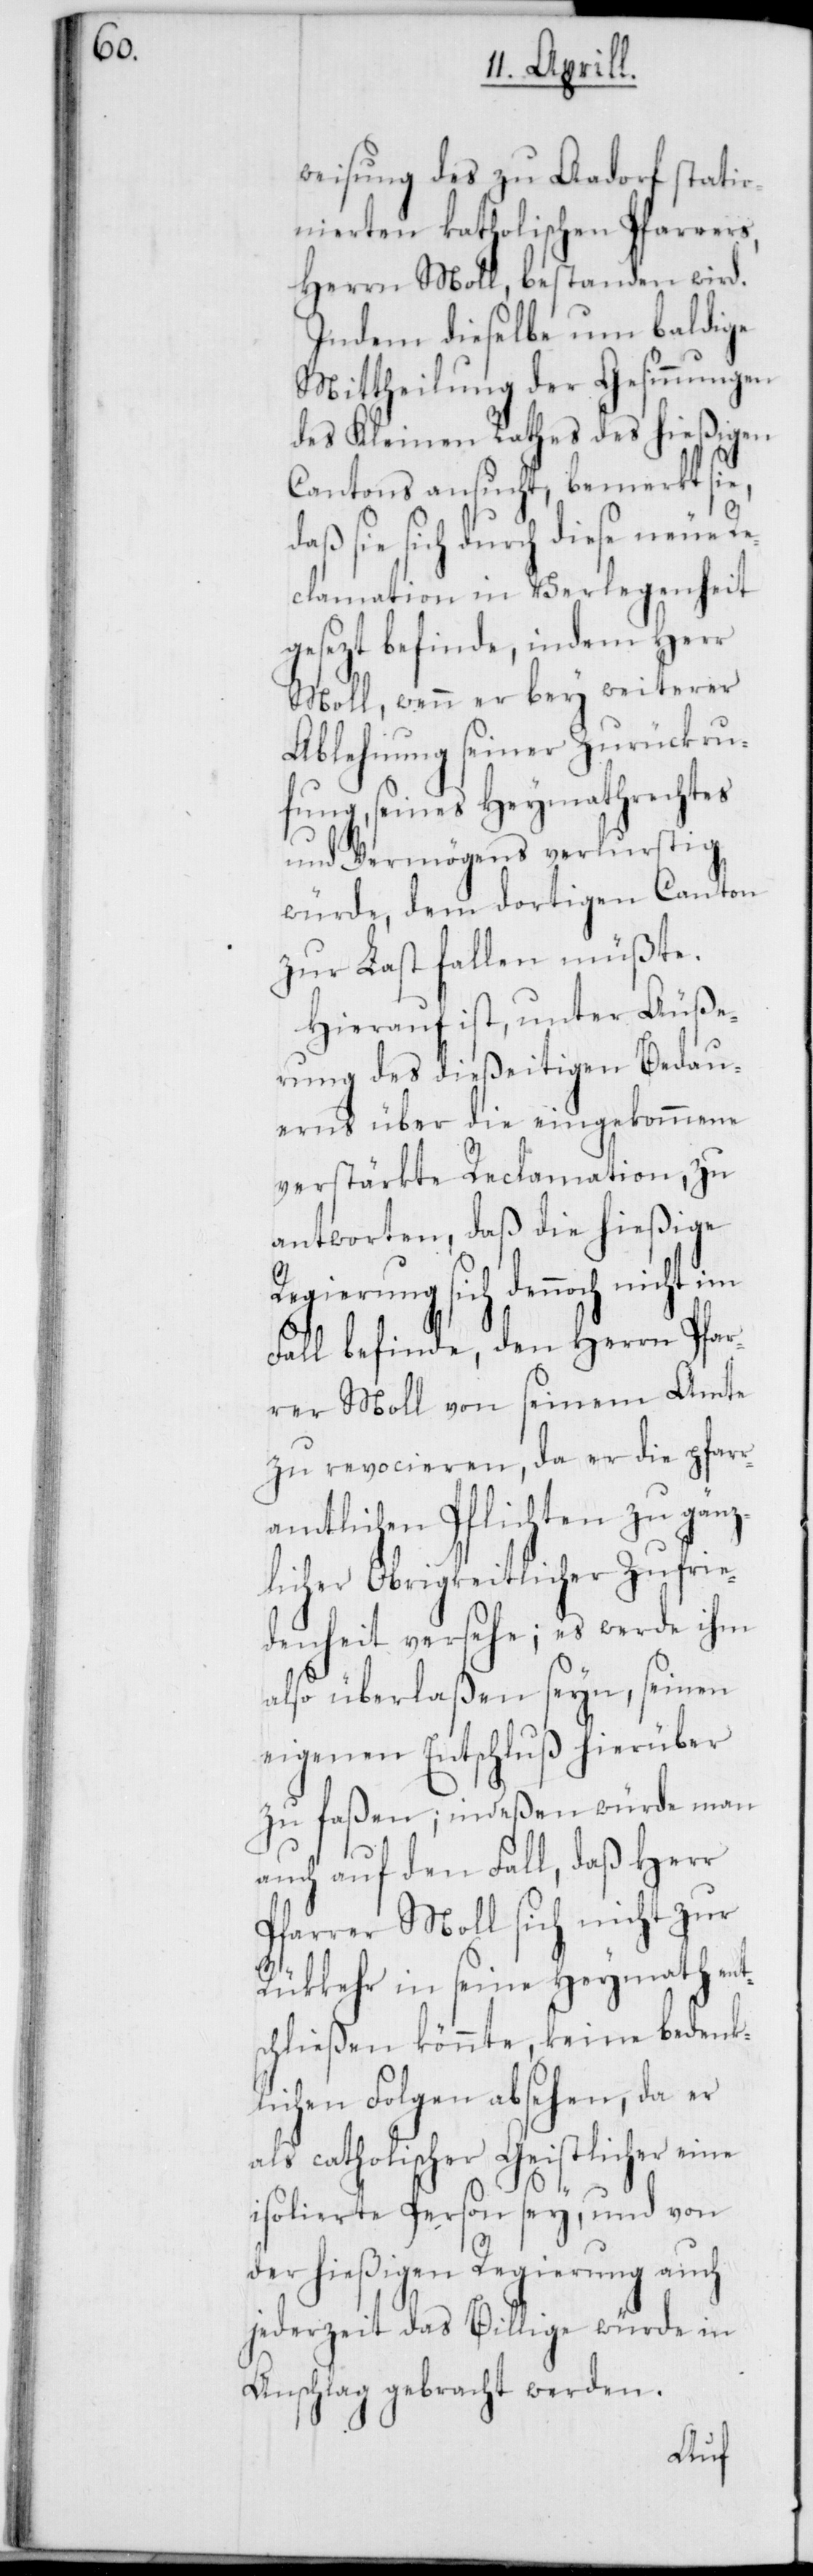
weisung des zu Aadorf statio¬
nierten katholischen Pfarrers,
Herrn Moll, bestanden wird.
Indem dieselbe um baldige
Mittheilung der Gesinnungen
des Kleinen Rathes des hießigen
Cantons ansucht, bemerkt sie,
daß sie sich durch diese neue Re¬
clamation in Verlegenheit
gesezt befinde, indem Herr
Moll, wenn er bey weiterer
Ablehnung seiner Zurückru¬
fung, seines Heymathrechtes
und Vermögens verlustig
würde, dem dortigen Canton
zur Last fallen müßte.
Hierauf ist, unter Äuße¬
rung des dießeitigen Bedau¬
erns über die eingekommene
verstärkte Reclamation, zu
antworten, daß die hießige
Regierung sich dennoch n¬
Fall befinde, den Herrn Pfar¬
rer Moll von seinem Amte
zu revocieren, da er die pfar¬
ramtlichen Pflichten zu gänz¬
licher Obrigkeitlicher Zufrie¬
denheit versehe; es werde ihm
also überlaßen sein, seinen
eigenen Entschluß hierüber
zu faßen; indeßen würde man
auch auf den Fall, daß Herr
Pfarrer Moll sich nicht zur
Rückkehr in seine Heymath ent¬
schließen könnte, keine bedenk¬
lichen Folgen absehen, da er
als catholischer Geistlicher eine
isolierte Person sey, und von
der hießigen Regierung auch
jederzeit das Billige würde in
Anschlag gebracht werden.
icht